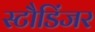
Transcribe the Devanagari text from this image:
स्टौडिंजर